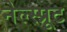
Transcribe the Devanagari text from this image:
नेल्स्प्रूट